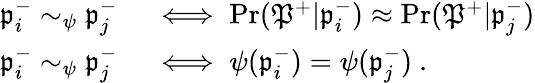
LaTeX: \begin{array}{rl}{\mathfrak{p}_{i}^{-}\sim_{\psi}\mathfrak{p}_{j}^{-}}&{{}\iff\operatorname*{Pr}(\mathfrak{P}^{+}|\mathfrak{p}_{i}^{-})\approx\operatorname*{Pr}(\mathfrak{P}^{+}|\mathfrak{p}_{j}^{-})}\\ {\mathfrak{p}_{i}^{-}\sim_{\psi}\mathfrak{p}_{j}^{-}}&{{}\iff\psi(\mathfrak{p}_{i}^{-})=\psi(\mathfrak{p}_{j}^{-})~.}\end{array}